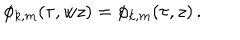
LaTeX: \phi _ { k , m } ( \tau , w z ) = \phi _ { k , m } ( \tau , z ) \, .